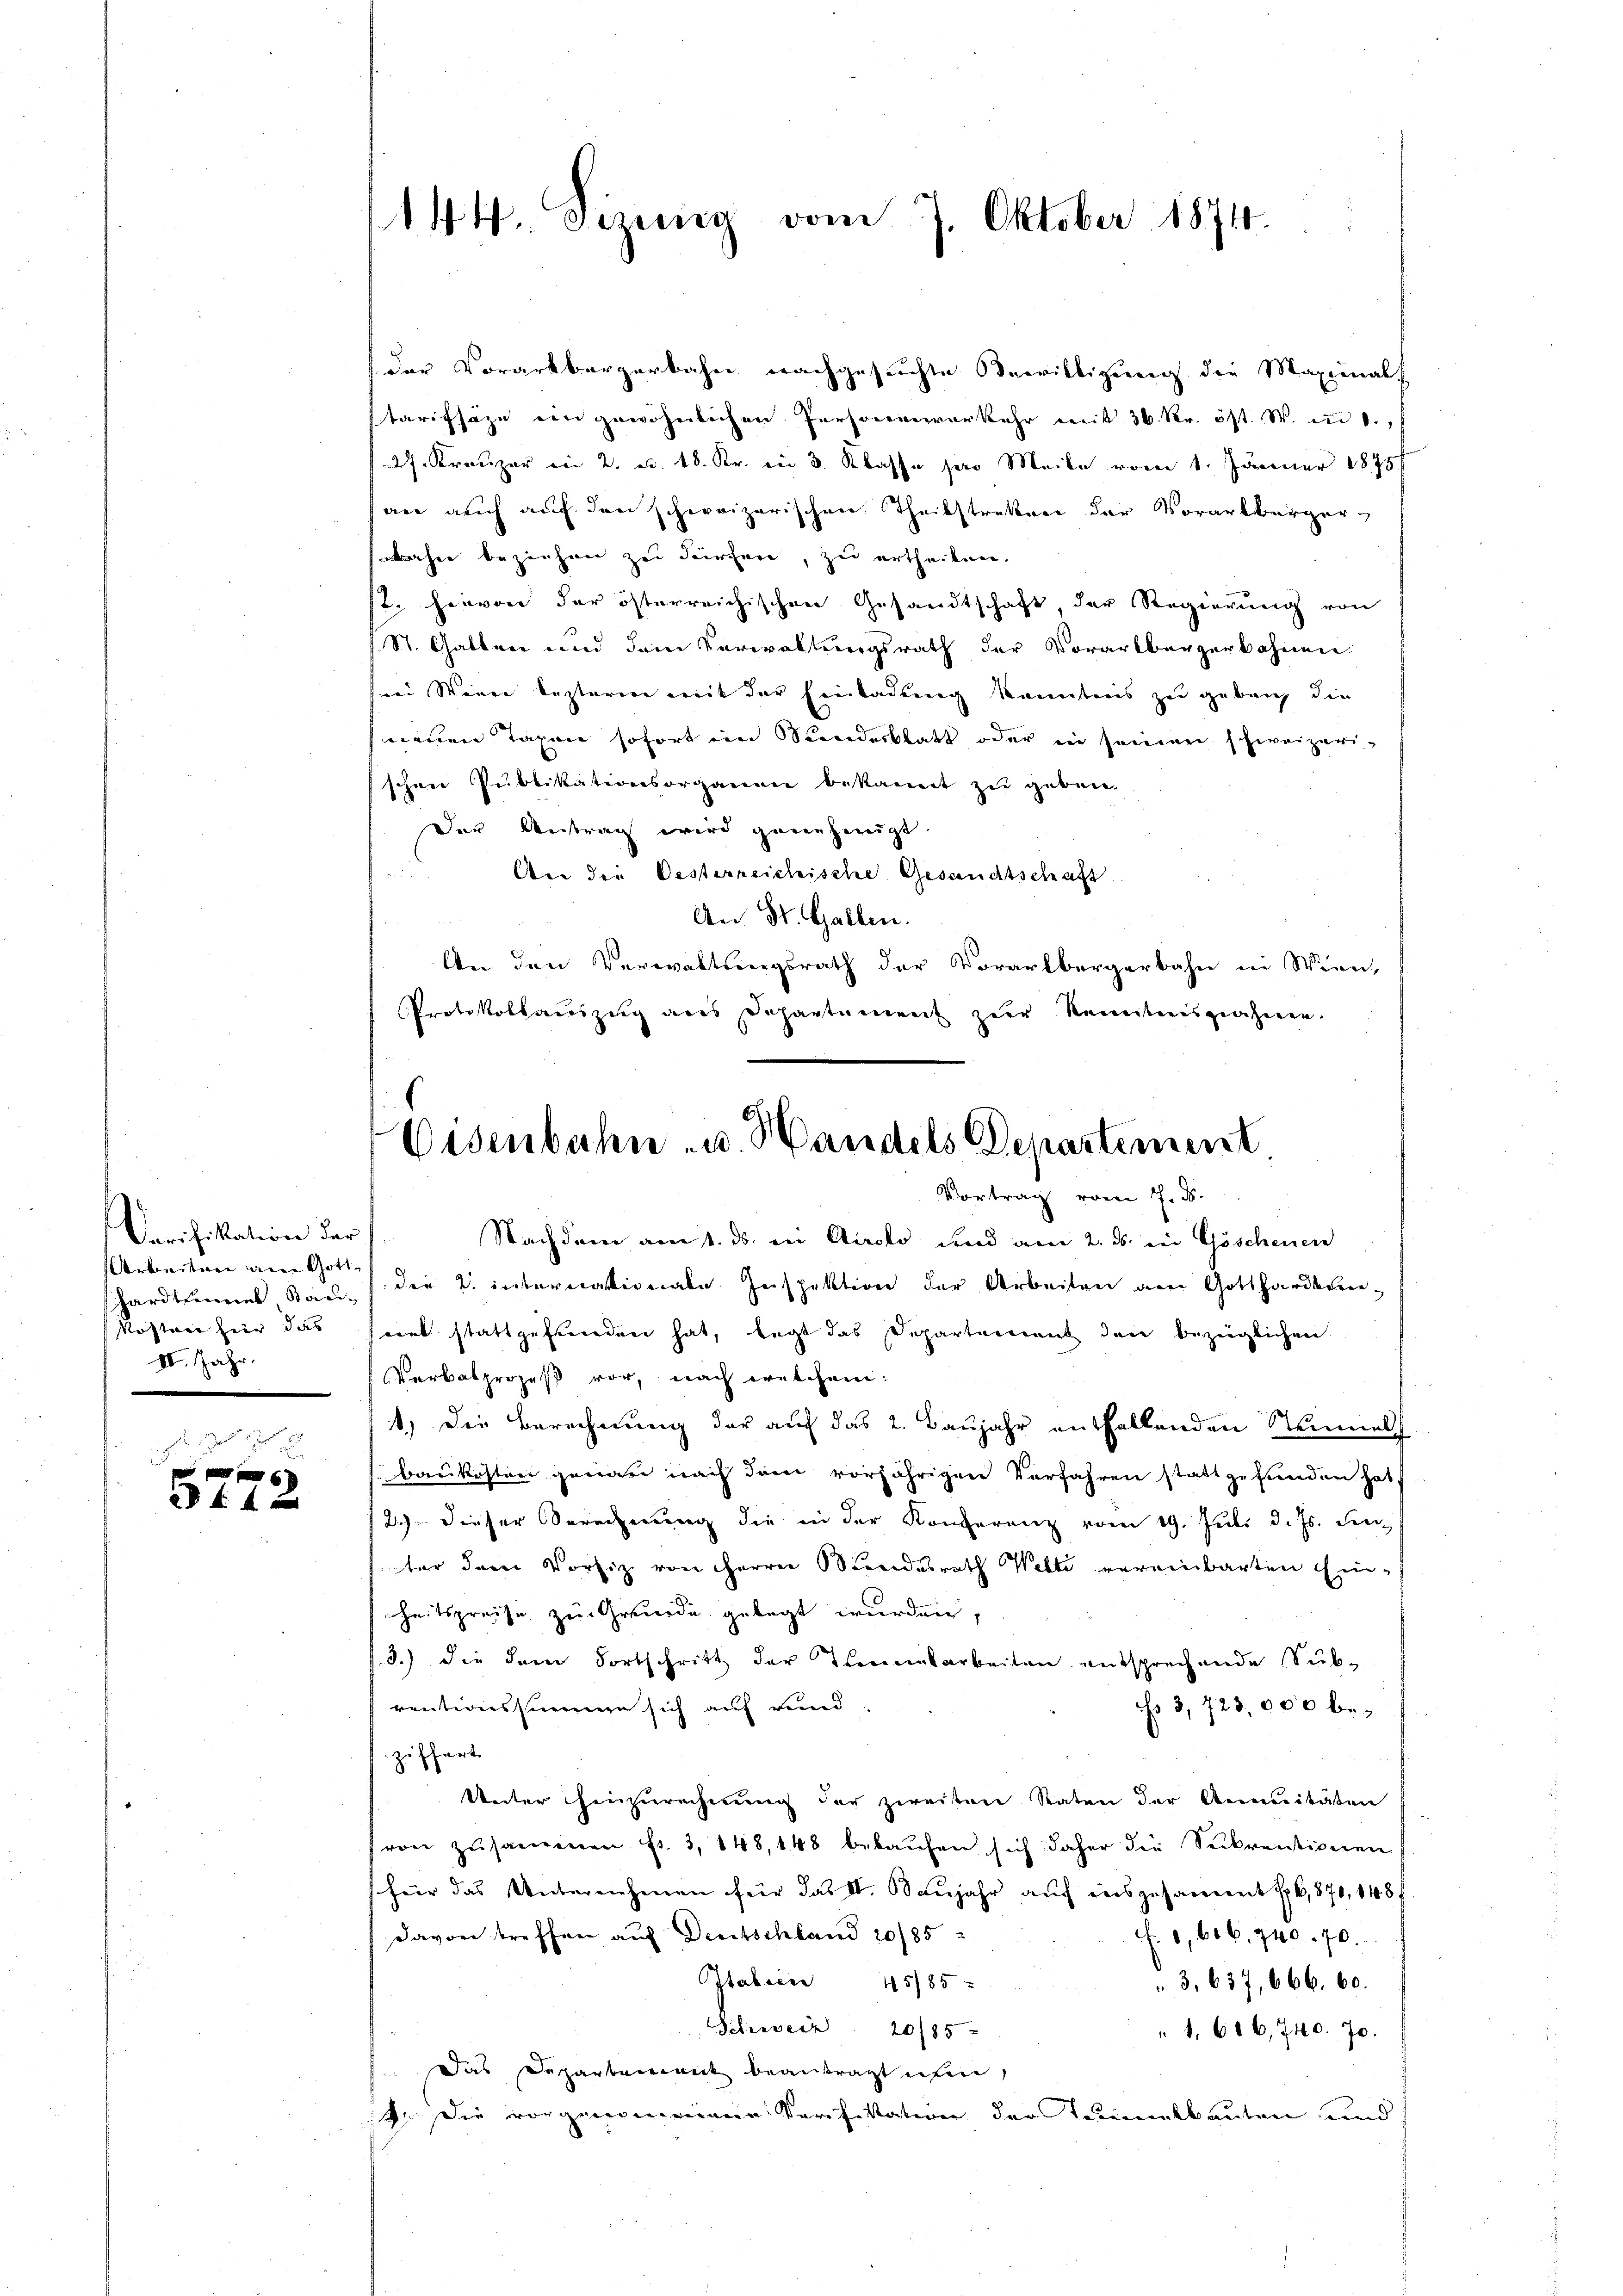
Cerifikation der
Arbeiten ain Gotthardtunnel, Kan¬
Kosten hier das
II. Jahr.

28 f 4 x

144. Gesinnig vom 7. Oktober 1874.

der Vorarlbergerbahn nachgesuchte Bewilligung die Maximals
starifsäze ein gewöhnlichen Personenverkehr mit 36. Kr. öst. W. in 1.,
27. Kreuzer in 2. u. 18. Kr. in 3. Klasse pro Meile vom 1. Jänner 1875
an auch auf den schweizerischen Theilstraten der Vorarlberger
aher beziehen zu dürfen, zu ertheilen.
st hievon der österreichischen Gesandtschaft, der Regierung von
St. Gatten und dem Verwaltungsrath der Vorarlbergerbahnen.
send Weier lezteren mit der Einladung kanntens zu gebung die
meinen Tagen sofort ein Standesblatt oder in seinen schweizeri-
schen Publikationsorganen bekannt zu geben.
Der Antrag wird genehmigt
An die Oesterreichische Gesandtschaft
An St. Gallen.
An den Verwaltungsrath der Vorarlbergerbahn in Wien,
Protokollauszug aus Dahantament zur Nemtnisnahmen.
Vortrag vom 7. d.
Nachdem am 1. ds. in Airolo und am 2. ds. in Göschenen
dee 2. internationale Inspektion der Arbeiten am Gotthardbauseert stattgefunden hat, legt das Departement den bezüglichen
Verbalprozeß vor, nach welchem:
1.) Die Berechnung der auf das 2. Baŭjahr entfallenden Nummel
baukosten genau nach dem vorjährigen Verfahren stattgefunden hat,
2.) Dieser Berechnung die in der Konferenz vom 19. Juli d. Js. den
ter dem Vorsiz von Herrn Bundesrath Welti vereinbarten Ein-
heitspreise zu Grunde gelegt wurden,
d.) die dem Fortschritt der Thementarbeiten entsprechende Sub-
 3,723,000 berentionssinnern sich auf rund
zöffert.
Weiter Hinzurechnung der zweiten Raten der Annuitäten
von zusammen fr. 3, 148, 148 bekaŭfen sich daher die Seekrantionen
heir das Untereichmen für das II. Baujahr auf ausgesammt so, 871, 148 f
davon treffen auf Deutschland 20/85
f. 1,606, 740. 70.
Italien 45185:
3,637, 666. 60.
Schweiz 20/85
" 1. 686, 740. 70.
Das Departement beantragt ihm,
14. Die vorgenommene Verifikation der Teilbauten und

Eisenbahn- u. Handels Departement